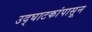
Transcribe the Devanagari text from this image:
उद्‌घाटकांपासून